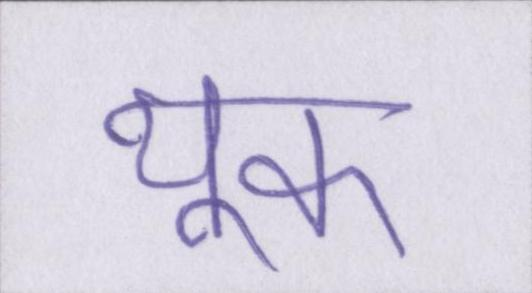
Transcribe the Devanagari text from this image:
थूक